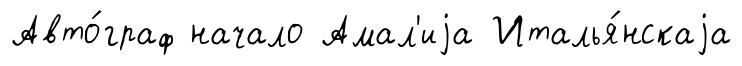
Авто́граф начало Амал'иjа Италья́нскаjа